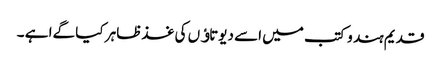
قدیم ہند وکتب میں اسے دیوتاﺅں کی غذظاہر کیا گےا ہے ۔